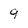
Character: 9